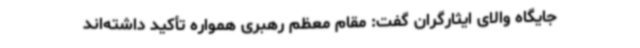
جایگاه والای ایثارگران گفت: مقام معظم رهبری همواره تأکید داشته‌اند